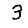
Digit: 3